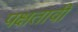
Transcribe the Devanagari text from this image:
पक्षतावी